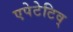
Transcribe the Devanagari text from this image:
एपेटेटिव्